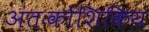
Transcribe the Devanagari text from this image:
अंतःकोशिकिय